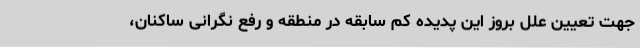
جهت تعیین علل بروز این پدیده کم سابقه در منطقه و رفع نگرانی ساکنان،